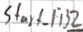
Text: Start_FB2